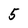
Character: 5